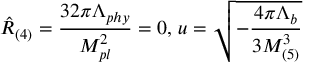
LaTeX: \hat { R } _ { ( 4 ) } = \frac { 3 2 \pi \Lambda _ { p h y } } { M _ { p l } ^ { 2 } } = 0 , \, u = \sqrt { - \frac { 4 \pi \Lambda _ { b } } { 3 M _ { ( 5 ) } ^ { 3 } } }